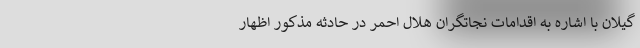
گیلان با اشاره به اقدامات نجاتگران هلال احمر در حادثه مذکور اظهار